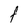
Character: l